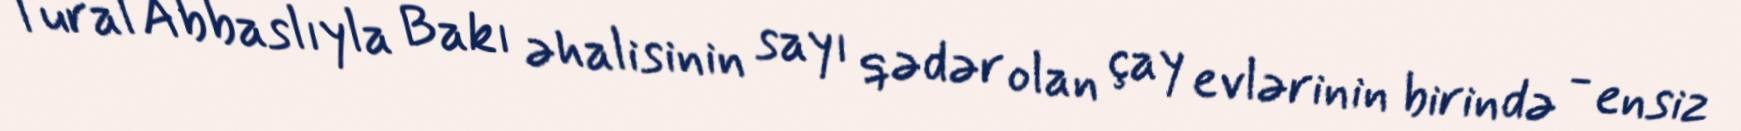
Tural Abbaslıyla Bakı əhalisinin sayı qədər olan çay evlərinin birində - ensiz